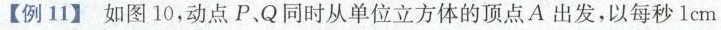
【例11】如图10，动点P、Q同时从单位立方体的顶点A出发，以每秒lcm